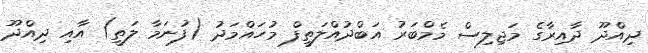
ދިއްދޫ ދާއިރާގެ މަޖިލިސް މެމްބަރު އަބްދުއްލަތީފް މުހައްމަދު (ފުނަމާ ލަތީ) އާއި ދިއްދޫ